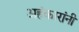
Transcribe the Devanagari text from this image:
अहंकारांनी